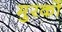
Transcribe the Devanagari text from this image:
मुरकों